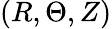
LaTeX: (R,\Theta,Z)